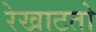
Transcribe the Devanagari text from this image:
रेखाटतो